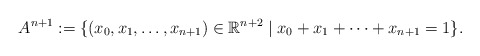
\begin{align*}A^{n+1} := \{ (x_0, x_1, \dots , x_{n+1}) \in \mathbb R^{n+2} \mid x_0 + x_1 + \dots + x_{n+1} = 1 \}.\end{align*}